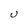
Character: U